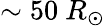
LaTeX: \sim 50~R_{\odot}